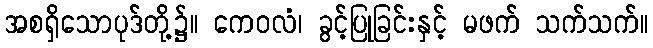
အစရှိသောပုဒ်တို့၌။ ကေဝလံ၊ ခွင့်ပြုခြင်းနှင့် မဖက် သက်သက်။